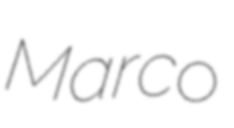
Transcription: Marco